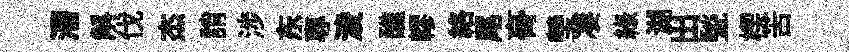
漕斛伐杰誚涉东專淩醮轇絡尾𮌔瑩凄綠湖出甃楔苦